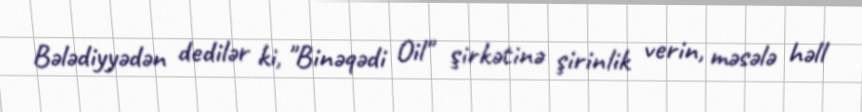
Bələdiyyədən dedilər ki, "Binəqədi Oil" şirkətinə şirinlik verin, məsələ həll